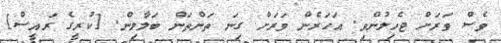
ވެސް ވަރަށް ޖެހިލުންވި. އަހަރެން ވަރަށް ގިނަ ތަންތަން ބަލާލިން. [ކުރީގެ ރައީސް]